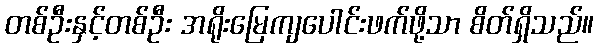
တစ်ဦးနှင့်တစ်ဦး အရိုးမြေကျပေါင်းဖက်ဖို့သာ စိတ်ရှိသည်။